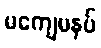
မကျေမနပ်